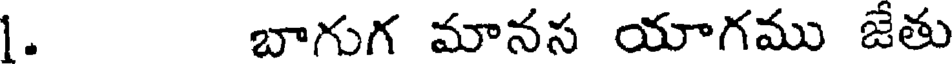
1. బాగుగ మానస యాగము జేతు